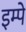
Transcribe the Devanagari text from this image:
इम्पे